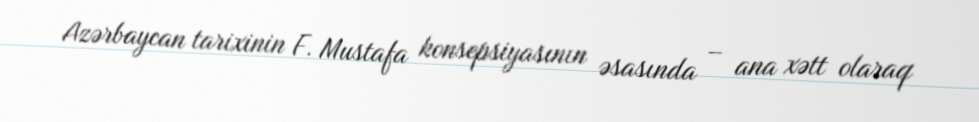
Azərbaycan tarixinin F. Mustafa konsepsiyasının əsasında – ana xətt olaraq